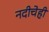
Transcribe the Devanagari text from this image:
नदीचेही